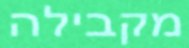
מקבילה